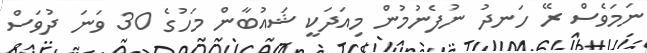
ނަމަވެސް ރޭ ހަނދު ނުފެނުމުން މިއަދަކީ ޝައުބާން މަހުގެ 30 ވަނަ ދުވަސް